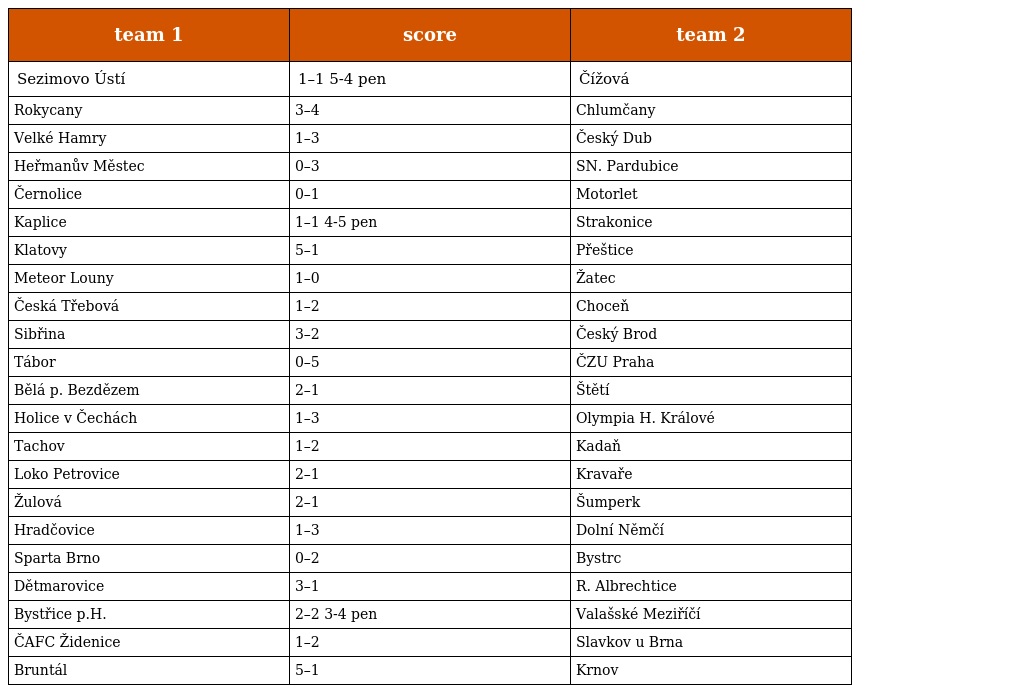
| team 1 | score | team 2 |
 | --- | --- | --- |
 | Sezimovo Ústí | 1–1 5-4 pen | Čížová |
 | Rokycany | 3–4 | Chlumčany |
 | Velké Hamry | 1–3 | Český Dub |
 | Heřmanův Městec | 0–3 | SN. Pardubice |
 | Černolice | 0–1 | Motorlet |
 | Kaplice | 1–1 4-5 pen | Strakonice |
 | Klatovy | 5–1 | Přeštice |
 | Meteor Louny | 1–0 | Žatec |
 | Česká Třebová | 1–2 | Choceň |
 | Sibřina | 3–2 | Český Brod |
 | Tábor | 0–5 | ČZU Praha |
 | Bělá p. Bezdězem | 2–1 | Štětí |
 | Holice v Čechách | 1–3 | Olympia H. Králové |
 | Tachov | 1–2 | Kadaň |
 | Loko Petrovice | 2–1 | Kravaře |
 | Žulová | 2–1 | Šumperk |
 | Hradčovice | 1–3 | Dolní Němčí |
 | Sparta Brno | 0–2 | Bystrc |
 | Dětmarovice | 3–1 | R. Albrechtice |
 | Bystřice p.H. | 2–2 3-4 pen | Valašské Meziříčí |
 | ČAFC Židenice | 1–2 | Slavkov u Brna |
 | Bruntál | 5–1 | Krnov |